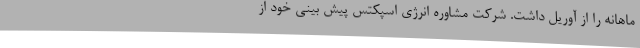
ماهانه را از آوریل داشت. شرکت مشاوره انرژی اسپکتس پیش بینی خود از